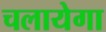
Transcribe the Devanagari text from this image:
चलायेगा